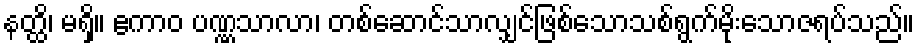
နတ္ထိ၊ မရှိ။ ဧကာဝ ပဏ္ဏသာလာ၊ တစ်ဆောင်သာလျှင်ဖြစ်သောသစ်ရွက်မိုးသောဇရပ်သည်။